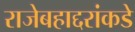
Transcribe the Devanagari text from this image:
राजेबहाद्दरांकडे